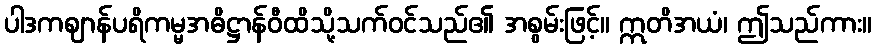
ပါဒကဈာန်ပရိကမ္မအဓိဋ္ဌာန်ဝီထိသို့သက်ဝင်သည်၏ အစွမ်းဖြင့်။ ဣတိအယံ၊ ဤသည်ကား။